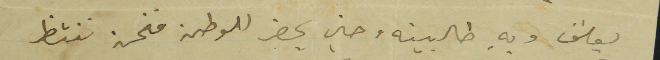
يوسَف وبهِ طالبينه وحين يحضر للوطن فنحن ننتظر